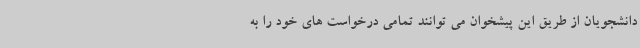
دانشجویان از طریق این پیشخوان می توانند تمامی درخواست های خود را به